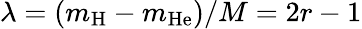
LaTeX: \lambda=(m_{\mathrm{H}}-m_{\mathrm{He}})/M=2r-1